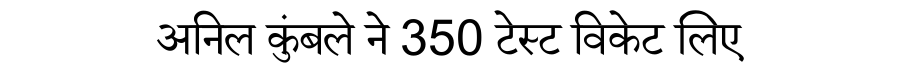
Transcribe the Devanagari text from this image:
अनिल कुंबले ने 350 टेस्ट विकेट लिए